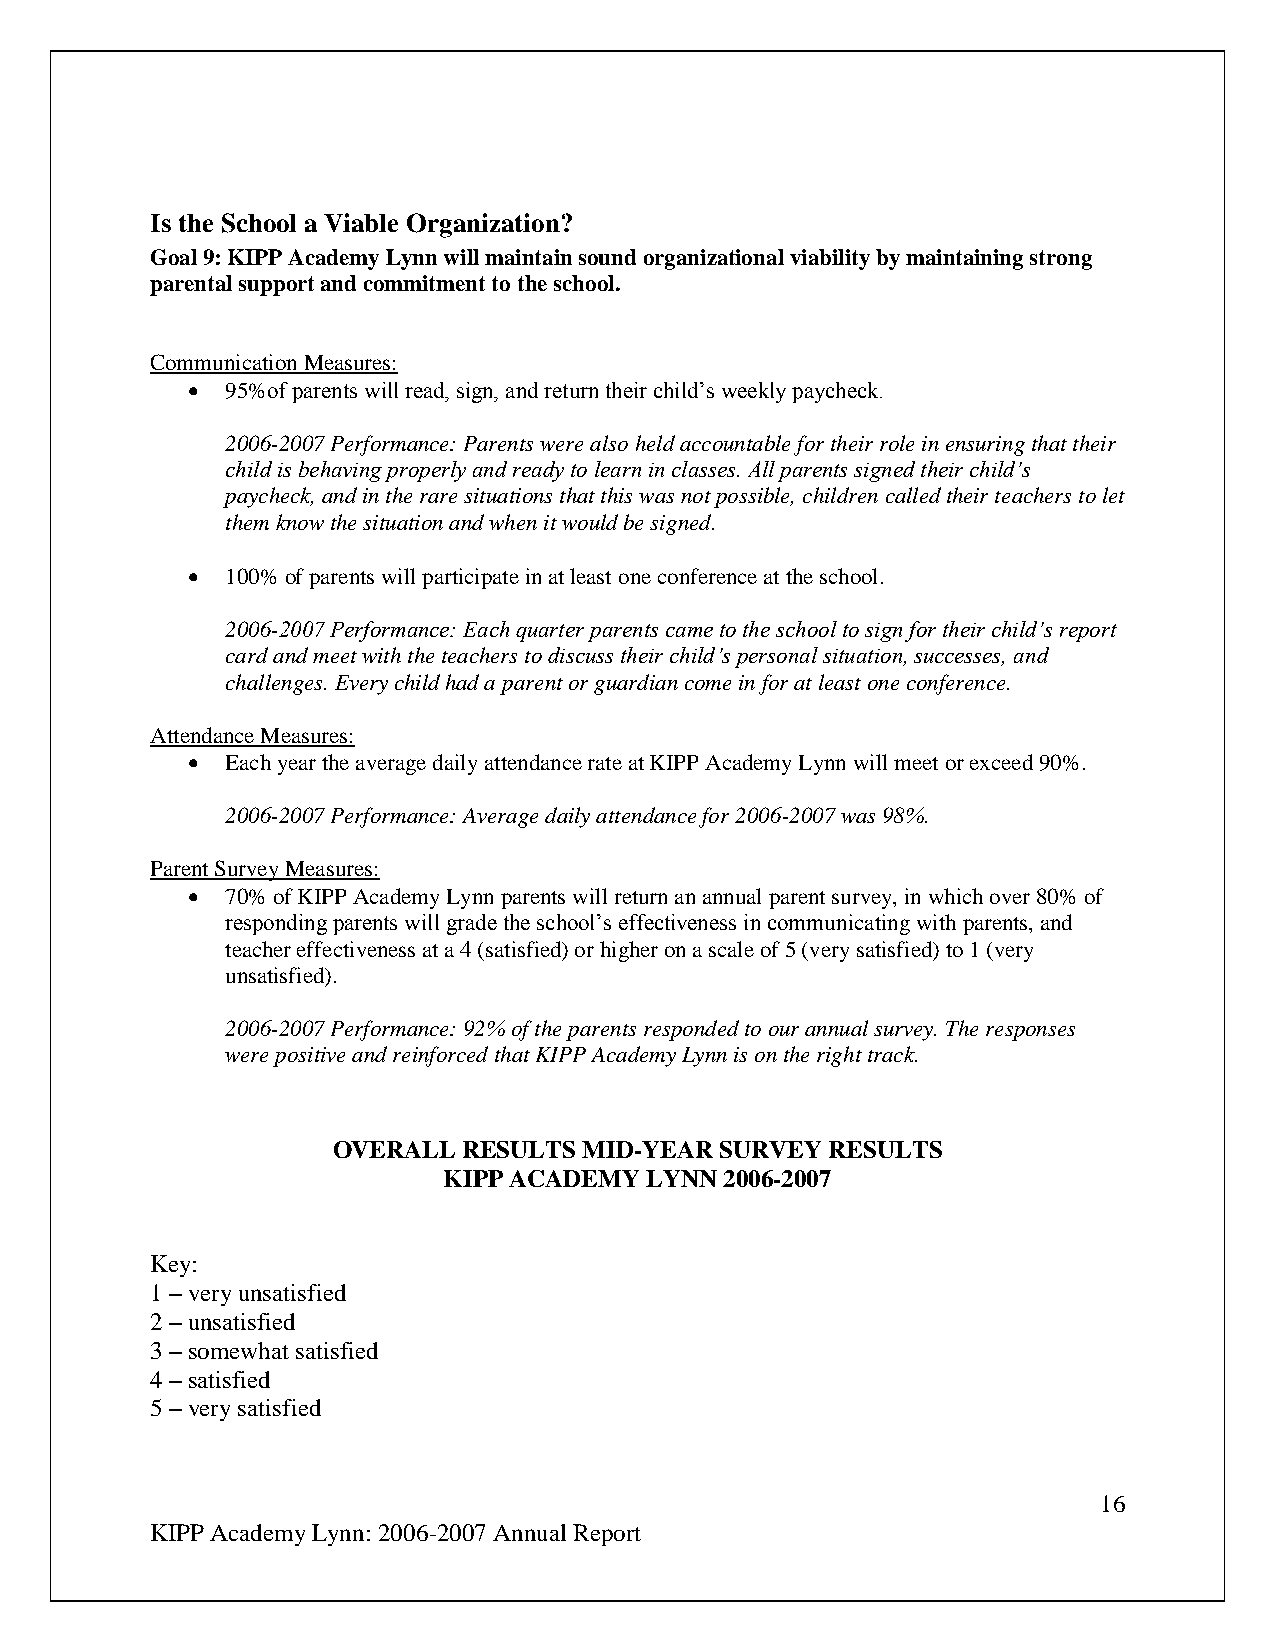
Is the School a Viable Organization?
 Goal 9: KIPP Academy Lynn will maintain sound organizational viability by maintaining strong
 parental support and commitment to the school.
 Communication Measures:
   95%of parents will read, sign, and return their child’s weekly paycheck.
 2006-2007 Performance: Parents were also held accountable for their role in ensuring that their
 child is behaving properly and ready to learn in classes. All parents signed their child’s
 paycheck, and in the rare situations that this was not possible, children called their teachers to let
 them know the situation and when it would be signed.
   100% of parents will participate in at least one conference at the school.
 2006-2007 Performance: Each quarter parents came to the school to sign for their child’s report
 card and meet with the teachers to discuss their child’s personal situation, successes, and
 challenges. Every child had a parent or guardian come in for at least one conference.
 Attendance Measures:
   Each year the average daily attendance rate at KIPP Academy Lynn will meet or exceed 90%.
 2006-2007 Performance: Average daily attendance for 2006-2007 was 98%.
 Parent Survey Measures:
   70% of KIPP Academy Lynn parents will return an annual parent survey, in which over 80% of
 responding parents will grade the school’s effectiveness in communicating with parents, and
 teacher effectiveness at a 4 (satisfied) or higher on a scale of 5 (very satisfied) to 1 (very
 unsatisfied).
 2006-2007 Performance: 92% of the parents responded to our annual survey. The responses
 were positive and reinforced that KIPP Academy Lynn is on the right track.
 OVERALL  RESULTS MID-YEAR SURVEY RESULTS
 KIPP ACADEMY  LYNN 2006-2007
 Key:
 1 – very unsatisfied
 2 – unsatisfied
 3 – somewhat satisfied
 4 – satisfied
 5 – very satisfied
 16
 KIPP Academy Lynn: 2006-2007 Annual Report